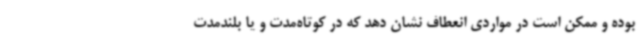
بوده و ممکن است در مواردی انعطاف نشان دهد که در کوتاه‌مدت و یا بلندمدت